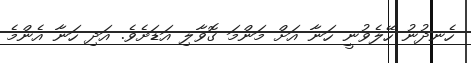
ހެނދުނު ހޭލެވުނީ ހަނާ އަށް މަންމަ ގޮވާލި އަޑަށެވެ. އަދި ހަނާ އެންމެ